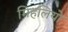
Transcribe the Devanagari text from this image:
मिहलियो